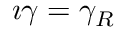
\imath \gamma = \gamma _ { R }